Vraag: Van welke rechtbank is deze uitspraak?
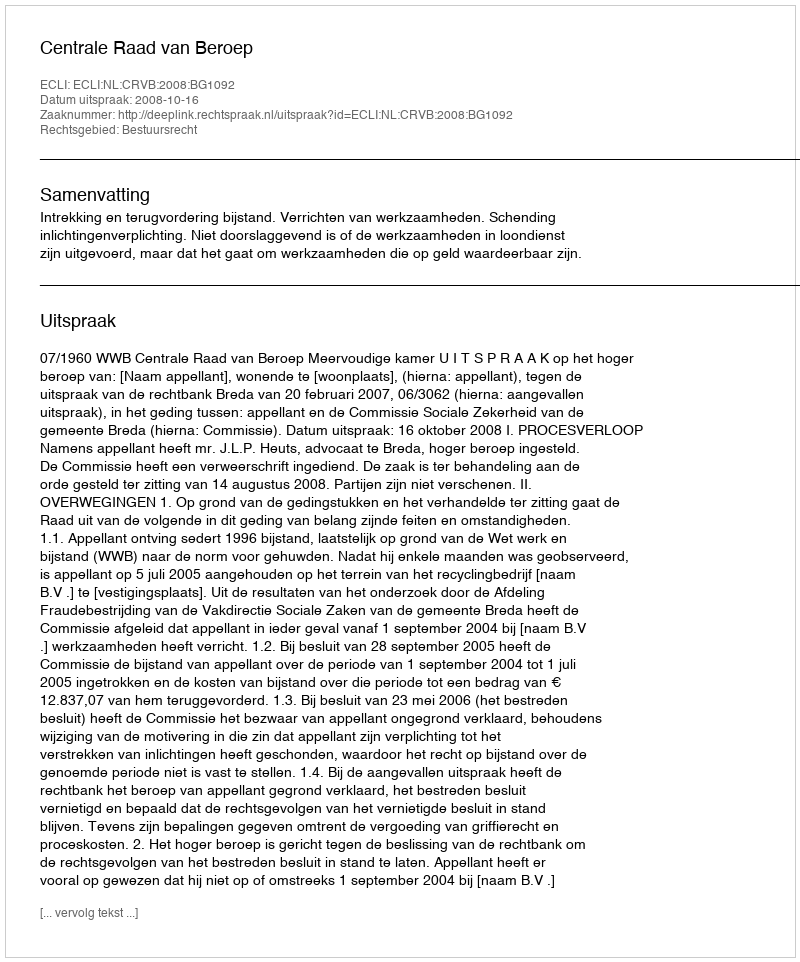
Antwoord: Centrale Raad van Beroep